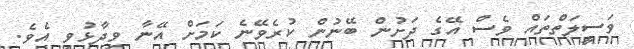
ވަސީލަތްތައް ވެސް އޭގެ ދަށުން ބޭނުން ކުރެވޭނެ ކަމަށް އޭނާ ވިދާޅުވި އެވެ.